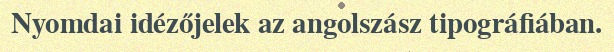
Nyomdai idézőjelek az angolszász tipográfiában.